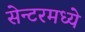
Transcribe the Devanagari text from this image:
सेन्टरमध्ये